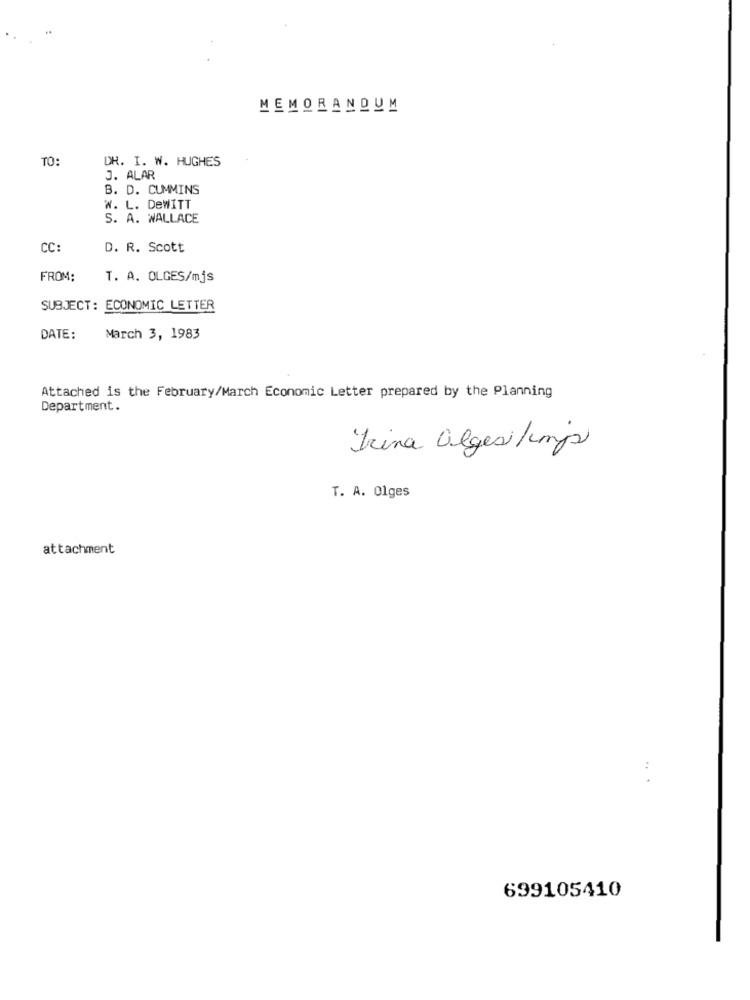
MEMORANDUM
TO:
DR. I. W. HUGHES
J. ALAR
B. D. CUMMINS
W. L. DeWITT
S. A. WALLACE
CC:
D. R. Scott
FROM:
T. A. OLGES/mjs
SUBJECT: ECONOMIC LETTER
DATE:
March 3, 1983
Attached is the February/March Economic Letter prepared by the Planning
Department.
Irina algesi/imp
T. A. Olges
attachment
.. .
699105410